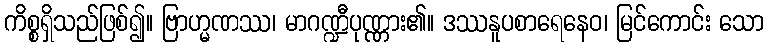
ကိစ္စရှိသည်ဖြစ်၍။ ဗြာဟ္မဏဿ၊ မာဂဏ္ဍီပုဏ္ဏား၏။ ဒဿနူပစာရေနေဝ၊ မြင်ကောင်း သော